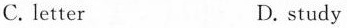
C. letter D. study